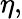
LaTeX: \eta,